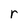
Character: r